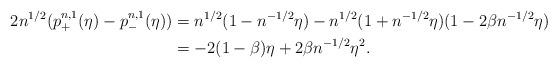
LaTeX: \begin{align*}2 n^{1/2} (p^{n,1}_+(\eta) - p^{n,1}_-(\eta)) & = n^{1/2} (1 - n^{-1/2} \eta) - n^{1/2}(1 + n^{-1/2} \eta)(1 - 2 \beta n^{-1/2} \eta) \\& = -2 (1 - \beta) \eta + 2 \beta n^{-1/2} \eta^2.\end{align*}